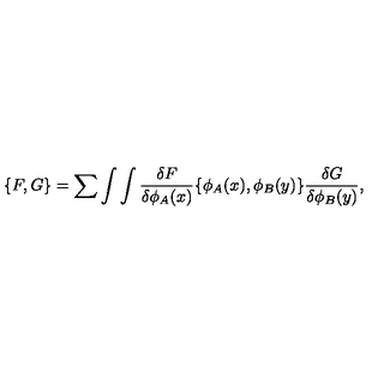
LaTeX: \{ F , G \} = \sum \int \int { \frac { \delta F } { \delta \phi _ { A } ( x ) } } \{ \phi _ { A } ( x ) , \phi _ { B } ( y ) \} { \frac { \delta G } { \delta \phi _ { B } ( y ) } } ,